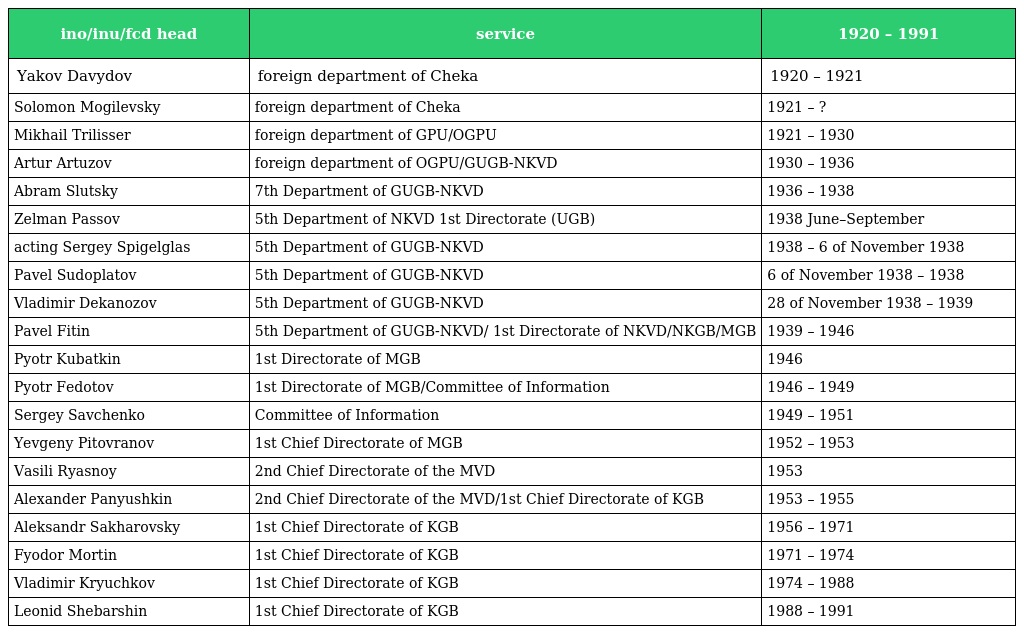
| ino/inu/fcd head | service | 1920 – 1991 |
 | --- | --- | --- |
 | Yakov Davydov | foreign department of Cheka | 1920 – 1921 |
 | Solomon Mogilevsky | foreign department of Cheka | 1921 – ? |
 | Mikhail Trilisser | foreign department of GPU/OGPU | 1921 – 1930 |
 | Artur Artuzov | foreign department of OGPU/GUGB-NKVD | 1930 – 1936 |
 | Abram Slutsky | 7th Department of GUGB-NKVD | 1936 – 1938 |
 | Zelman Passov | 5th Department of NKVD 1st Directorate (UGB) | 1938 June–September |
 | acting Sergey Spigelglas | 5th Department of GUGB-NKVD | 1938 – 6 of November 1938 |
 | Pavel Sudoplatov | 5th Department of GUGB-NKVD | 6 of November 1938 – 1938 |
 | Vladimir Dekanozov | 5th Department of GUGB-NKVD | 28 of November 1938 – 1939 |
 | Pavel Fitin | 5th Department of GUGB-NKVD/ 1st Directorate of NKVD/NKGB/MGB | 1939 – 1946 |
 | Pyotr Kubatkin | 1st Directorate of MGB | 1946 |
 | Pyotr Fedotov | 1st Directorate of MGB/Committee of Information | 1946 – 1949 |
 | Sergey Savchenko | Committee of Information | 1949 – 1951 |
 | Yevgeny Pitovranov | 1st Chief Directorate of MGB | 1952 – 1953 |
 | Vasili Ryasnoy | 2nd Chief Directorate of the MVD | 1953 |
 | Alexander Panyushkin | 2nd Chief Directorate of the MVD/1st Chief Directorate of KGB | 1953 – 1955 |
 | Aleksandr Sakharovsky | 1st Chief Directorate of KGB | 1956 – 1971 |
 | Fyodor Mortin | 1st Chief Directorate of KGB | 1971 – 1974 |
 | Vladimir Kryuchkov | 1st Chief Directorate of KGB | 1974 – 1988 |
 | Leonid Shebarshin | 1st Chief Directorate of KGB | 1988 – 1991 |